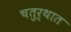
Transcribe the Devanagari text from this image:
चतुर्थात